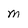
Character: m